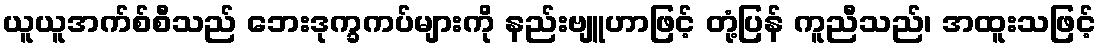
ယူယူအက်စ်စီသည် ဘေးဒုက္ခကပ်များကို နည်းဗျူဟာဖြင့် တုံ့ပြန် ကူညီသည်၊ အထူးသဖြင့်